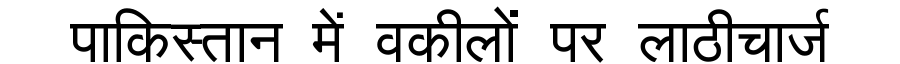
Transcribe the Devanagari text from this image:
पाकिस्तान में वकीलों पर लाठीचार्ज